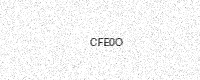
Text: CFE0O